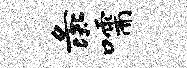
彘嚅